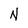
Character: N